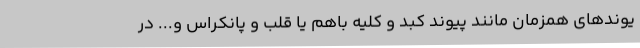
یوندهای همزمان مانند پیوند کبد و کلیه باهم یا قلب و پانکراس و... در